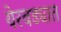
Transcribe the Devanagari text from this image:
येरवड्यात